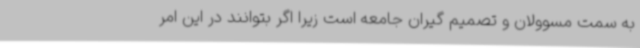
به سمت مسوولان و تصمیم گیران جامعه است زیرا اگر بتوانند در این امر